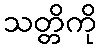
သတ္တိကို